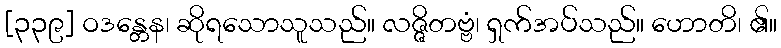
[၃၃၉] ဝဒန္တေန၊ ဆိုရသောသူသည်။ လဇ္ဇိတဗ္ဗံ၊ ရှက်အပ်သည်။ ဟောတိ၊ ၏။